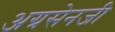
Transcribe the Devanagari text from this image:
अग्रसेनजी